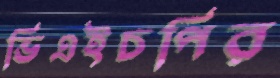
ভিএইচপির